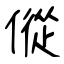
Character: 傱